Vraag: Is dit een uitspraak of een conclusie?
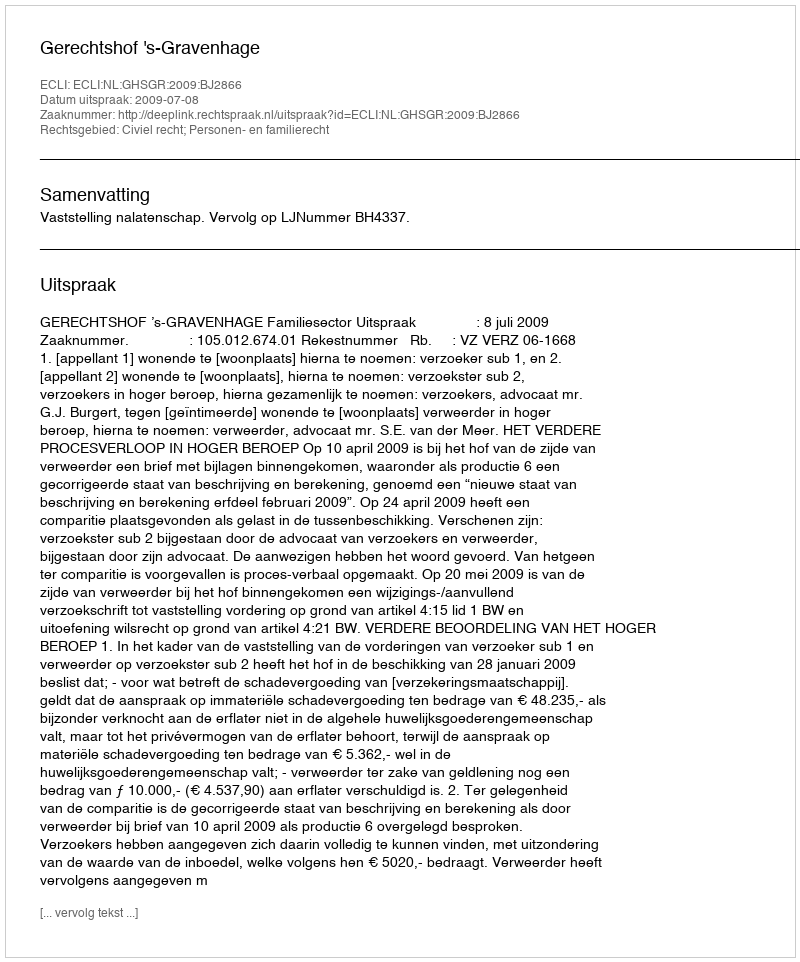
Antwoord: Uitspraak